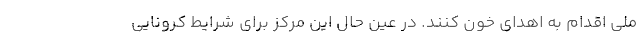
ملی اقدام به اهدای خون کنند. در عین حال این مرکز برای شرایط کرونایی